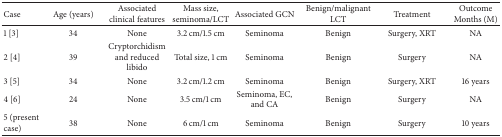
| Case | Age (years) | Associated clinical features | Mass size, seminoma/LCT | Associated GCN | Benign/malignant LCT | Treatment | OutcomeMonths (M) |
 | --- | --- | --- | --- | --- | --- | --- | --- |
 | 1 [3] | 34 | None | 3.2 cm/1.5 cm | Seminoma | Benign | Surgery, XRT | NA |
 | 2 [4] | 39 | Cryptorchidism and reduced libido | Total size, 1 cm | Seminoma | Benign | Surgery | NA |
 | 3 [5] | 34 | None | 3.2 cm/1.2 cm | Seminoma | Benign | Surgery, XRT | 16 years |
 | 4 [6] | 24 | None | 3.5 cm/1 cm | Seminoma, EC, and CA | Benign | Surgery | NA |
 | 5 (present case) | 38 | None | 6 cm/1 cm | Seminoma | Benign | Surgery | 10 years |